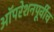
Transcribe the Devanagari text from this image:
ऑपरेशनपूर्वीच